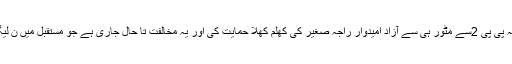
شاہد خاقان عباسی نے حلقہ پی پی 2سے مٹور ہی سے آزاد امیدوار راجہ صغیر کی کھلم کھلا حمایت کی اور یہ مخالفت تا حال جاری ہے جو مستقبل میں ن لیگ کے لئے نقصان دہ ہے۔